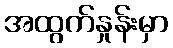
အထွက်နှုန်းမှာ